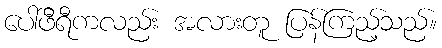
ပေါ်ဖီရီကလည်း အလားတူ ပြန်ကြည့်သည်။